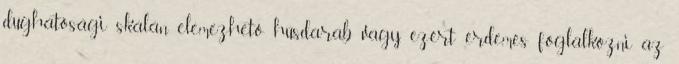
dughatósági skálán elemezhető húsdarab vagy, ezért érdemes foglalkozni az